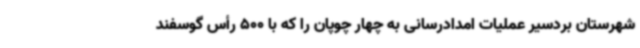
شهرستان بردسیر عملیات امدادرسانی به چهار چوپان را که با 500 رأس گوسفند